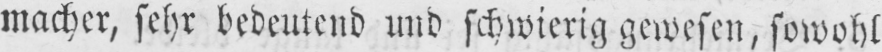
macher, sehr bedeutend und schwierig gewesen, sowohl